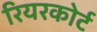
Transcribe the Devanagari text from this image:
रियरकोर्ट